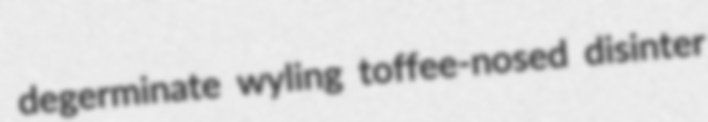
degerminate wyling toffee-nosed disinter